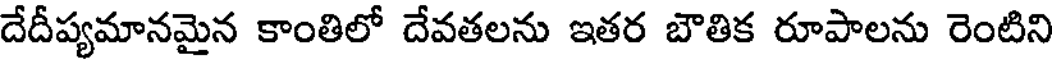
దేదీప్యమానమైన కాంతిలో దేవతలను ఇతర బౌతిక రూపాలను రెంటిని